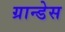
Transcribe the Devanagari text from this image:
ग्रान्डेस